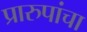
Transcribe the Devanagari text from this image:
प्रारुपांचा